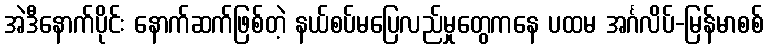
အဲဒီနောက်ပိုင်း နောက်ဆက်ဖြစ်တဲ့ နယ်စပ်မပြေလည်မှုတွေကနေ ပထမ အင်္ဂလိပ်-မြန်မာစစ်